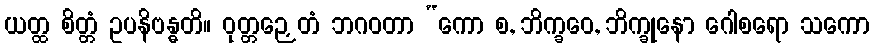
ယတ္ထ စိတ္တံ ဥပနိဗန္ဓတိ။ ဝုတ္တဉှေတံ ဘဂဝတာ “ကော စ, ဘိက္ခဝေ, ဘိက္ခုနော ဂေါစရော သကော